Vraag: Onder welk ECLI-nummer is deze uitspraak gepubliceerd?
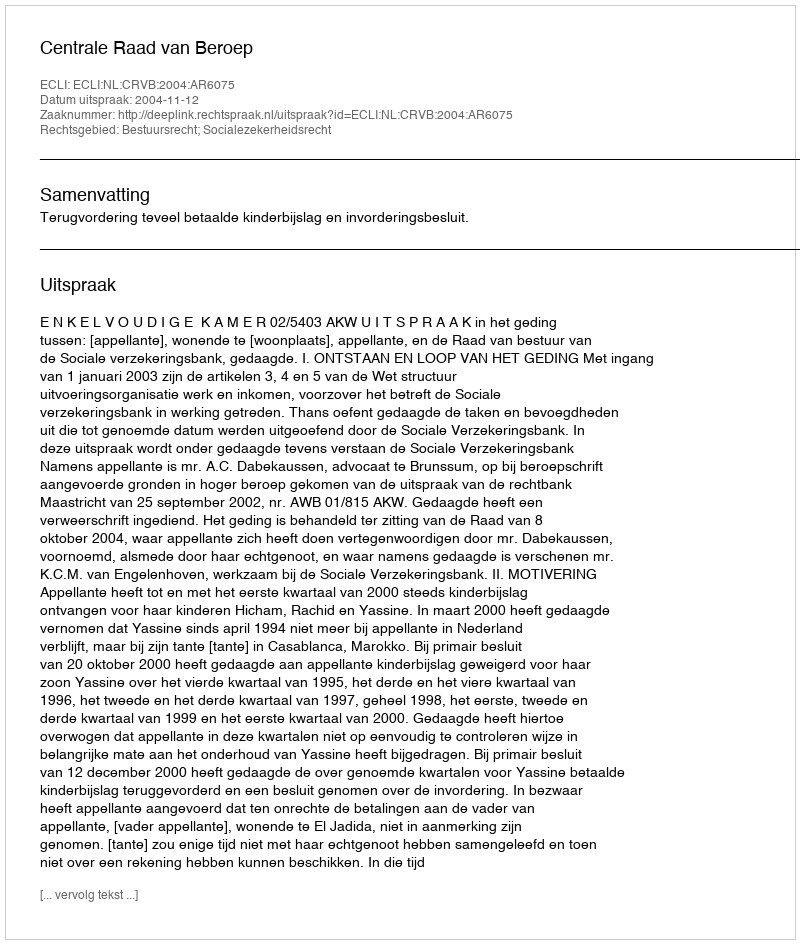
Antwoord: ECLI:NL:CRVB:2004:AR6075